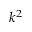
k ^ { 2 }